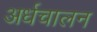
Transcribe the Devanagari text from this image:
अर्धचालन